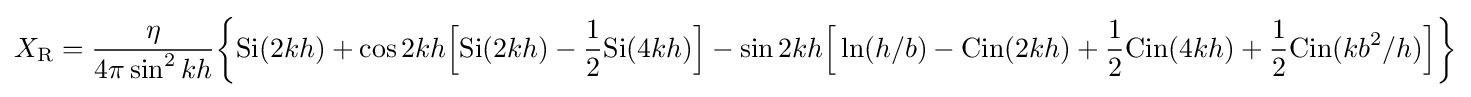
X_{\text{R}}={\eta  \over 4\pi \sin ^{2}kh}{\biggl \{}{\text{Si}}(2kh)+\cos 2kh{\Bigl [}{\text{Si}}(2kh)-{1 \over 2}{\text{Si}}(4kh){\Bigr ]}-\sin 2kh{\Bigl [}\ln(h/b)-{\text{Cin}}(2kh)+{1 \over 2}{\text{Cin}}(4kh)+{1 \over 2}{\text{Cin}}(kb^{2}/h){\Bigr ]}{\biggr \}}